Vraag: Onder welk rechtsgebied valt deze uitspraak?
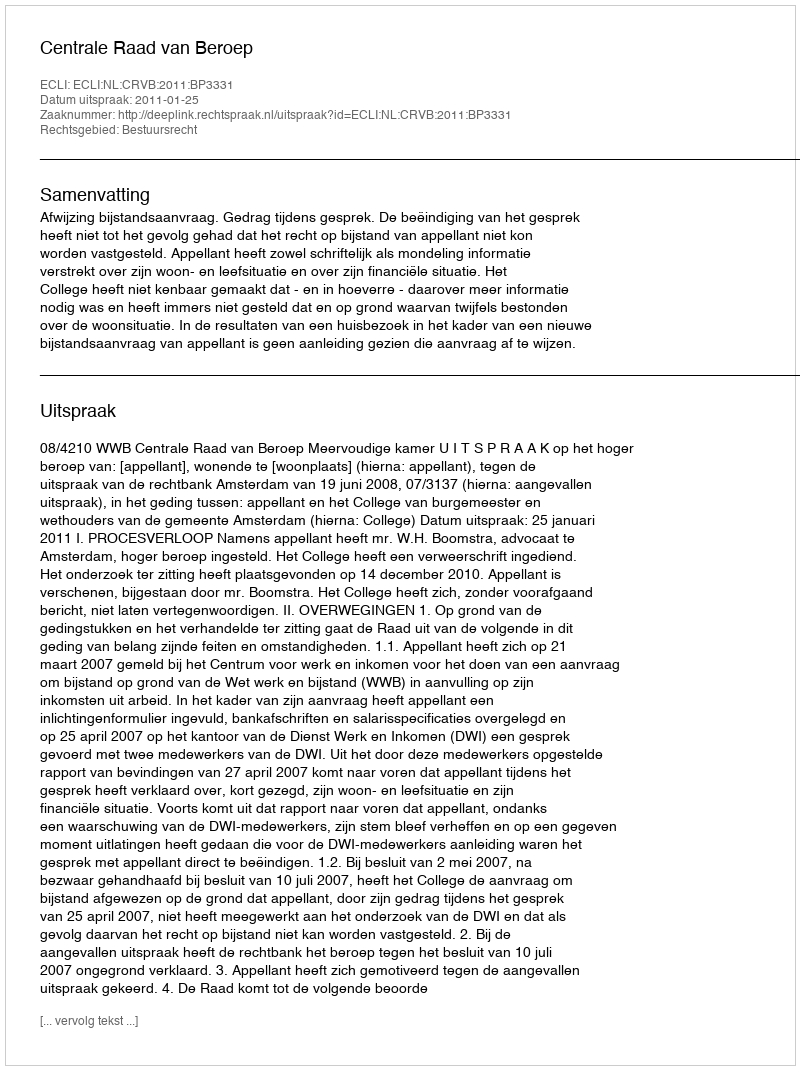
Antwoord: Bestuursrecht